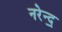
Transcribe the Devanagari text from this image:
नरेन्द॒